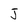
Character: J